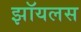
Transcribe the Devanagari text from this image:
झॉयलस